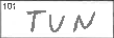
Transcription: TUN